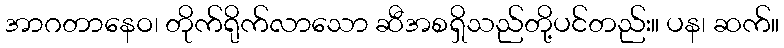
အာဂတာနေဝ၊ တိုက်ရိုက်လာသော ဆီအစရှိသည်တို့ပင်တည်း။ ပန၊ ဆက်။